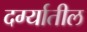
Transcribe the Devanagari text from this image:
दर्ग्यातील